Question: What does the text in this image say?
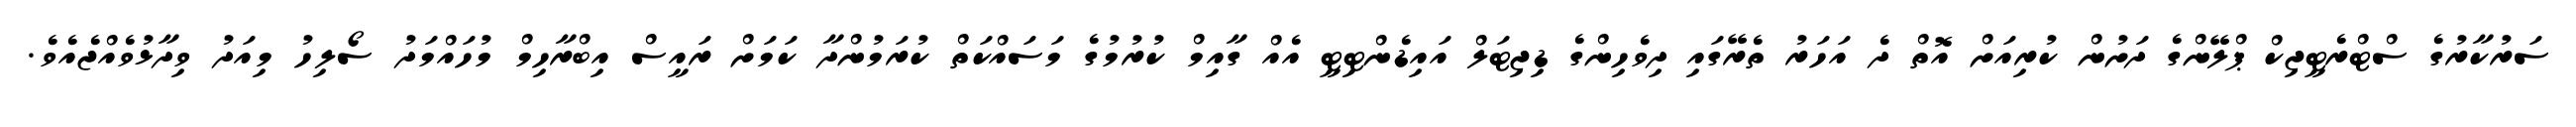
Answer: ސަރުކާރުގެ ސްޓްރެޓީޖިކް ޕްލޭންގެ ދަށުން ކުރިއަށް އޮތް ދެ އަހަރު ތެރޭގައި ދިވެހިންގެ ޑިޖިޓަލް އައިޑެންޓިޓީ އެއް ގާއިމް ކުރުމުގެ މަސައްކަތް ކުރަމުންދާ ކަމަށް ރައީސް އިބްރާހިމް މުހައްމަދު ސޯލިހު މިއަދު ވިދާޅުވެއްޖެއެވެ.